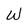
Character: W